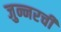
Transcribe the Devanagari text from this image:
जुन्नरची